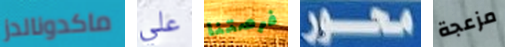
ماكدونالدز علي فرصتنا محور مزعجة